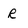
Character: R